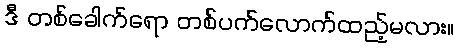
ဒီ တစ်ခေါက်ရော တစ်ပက်လောက်ထည့်မလား။